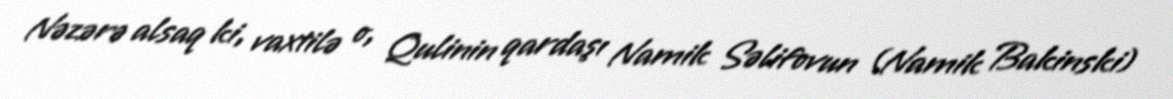
Nəzərə alsaq ki, vaxtilə o, Qulinin qardaşı Namik Səlifovun (Namik Bakinski)